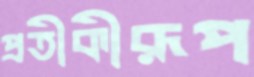
প্রতীকীরূপ